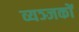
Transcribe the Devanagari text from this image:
व्यञ्जकों